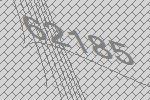
62185